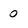
Character: 0